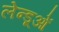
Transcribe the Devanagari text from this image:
लेन्डूओं